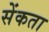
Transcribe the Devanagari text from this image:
सेंकता